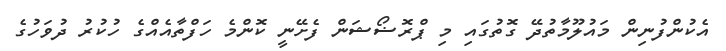
އެކުންފުނިން މައުލޫމާތުދޭ ގޮތުގައި މި ޕްރޮޟޯޝަން ފެށޭނީ ކޮންމެ ހަފްތާއެއްގެ ހުކުރު ދުވަހުގެ